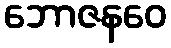
ဘောဇနဝေ